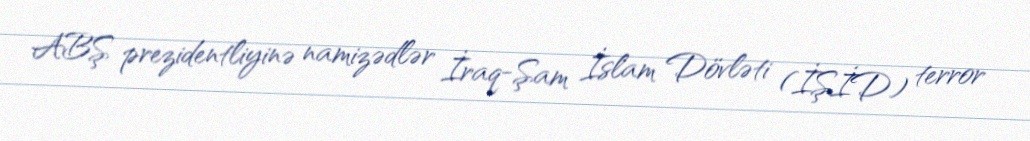
ABŞ prezidentliyinə namizədlər İraq-Şam İslam Dövləti (İŞİD) terror